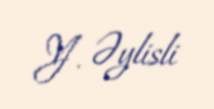
Y. Əylisli